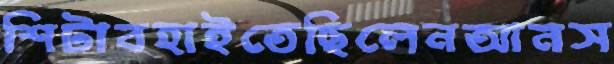
শিটাবহাইতেছিলেনআনস